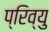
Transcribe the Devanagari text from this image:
प्रिव्यु